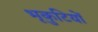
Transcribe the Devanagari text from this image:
भृकुटियों